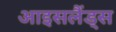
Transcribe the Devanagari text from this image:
आइसलैंड्स